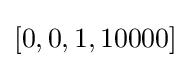
[0,0,1,10000]